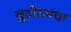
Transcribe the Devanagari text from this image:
खुदीरामचा